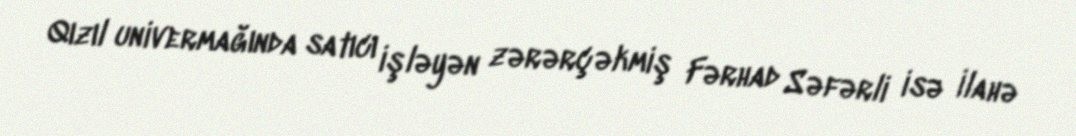
Qızıl univermağında satıcı işləyən zərərçəkmiş Fərhad Səfərli isə İlahə